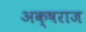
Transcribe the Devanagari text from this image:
अक्षराज